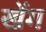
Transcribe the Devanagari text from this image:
खेंग